Account of plague administration in the Bombay Presidency from September 1896 till May 1897
Year: 1896
Disease focus: Plague
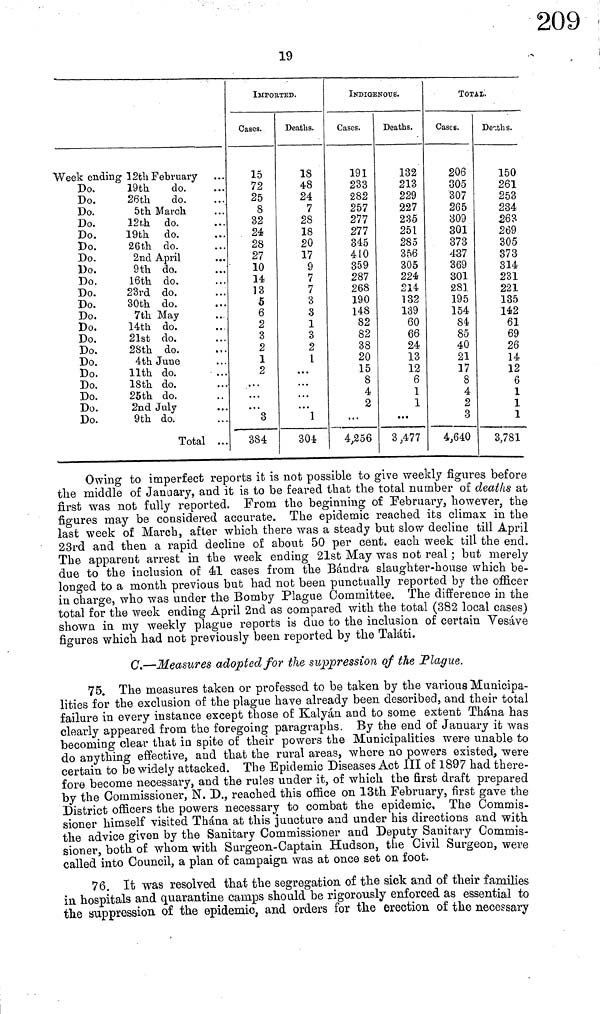
19
Week ending 12th February
Do.
19th
do.
Do.
26th
do.
Do.
5th. March
Do.
12t,h do.
Do.
19th
do.
Do.
26th do.
Do.
2nd April
Do.
9th do.
Do.
16th do.
Do.
23rd do.
Do.
30th do.
Do.
7th May
Do.
14th do.
Do.
21st do.
Do.
28th do.
Do.
4th June
Do.
11th
do.
Do.
18th do.
Do.
25th do.
Do.
2nd July
Do.
9th do.
Total ...
IMPORTED.
Cases.
15
72
25
8
32
24
28
27
10
l4
13
5
6
2
3
2
1
2
...
. · ·
. . .
3
384
Deaths.
18
48
24
7
28
18
20
17
9
7
7
3
3
1
3
2
1
...
...
. . ·
...
1
304
INDIGENOUS.
Cases.
191
233
282
257
277
277
345
410
359
287
268
190
148
82
82
38
20
15
8
4
2
...
4,256
Deaths.
132
213
229
227
235
251
285
356
305
224
214
132
139
60
66
24
13
12
6
1
1
...
3,477
ΤΟΤAΙ.
Cases.
206
305
307
265
309
301
373
437
369
301
281
195
154
84
85
40
21
17
8
4
2
3
4,640
Deaths.
150
261
253
234
263
269
305
373
314
231
221
135
142
61
69
26
14
12
6
1
1
1
3,781
Owing to imperfect reports it is not possible to give weekly figures before
the middle of January, and it is to be feared that the total number of deaths at
first was not fully reported. From the beginning of February, however, the
figures may be considered accurate. The epidemic reached its climax in the
last week of March, after which there was a steady but slow decline till April
23rd and then a rapid decline of about 50 per cent, each week till the end.
The apparent arrest in the week ending 21st May was not real ; but merely
due to the inclusion of él cases from the Bândra slaughter-house which be-
longed to a month previous but had not been punctually reported by the officer
in charge, who was under the Bomby Plague Committee, The difference in the
total for the week ending April 2nd as compared with the total (382 local cases)
shown in my weekly plague reports is due to the inclusion of certain Vesáve
figures which had not previously been reported by the Taláti.
C.—Measures adopted for the suppression of the Plague.
75. The measures taken or professed to be taken by the various Municipa-
lities for the exclusion of the plague have already been described, and their total
failure in every instance except those of Kalyán and to some extent Thána has
clearly appeared from the foregoing paragraphs. By the end of January it was
becoming clear that in spite of their powers the Municipalities were unable to
do anything effective, and that the rural areas, where no powers existed, were
certain to be widely attacked. The Epidemic Diseases Act III of 1897 had there-
fore become necessary, and the rules under it, of which the first draft prepared
by the Commissioner, N. D., reached this office on 13th February, first gave the
District officers the powers necessary to combat the epidemic. The Commis-
sioner himself visited Thána at this juncture and under his directions and with
the advice given by the Sanitary Commissioner and Deputy Sanitary Commis-
sioner, both of whom with Surgeon-Captain Hudson, the Civil Surgeon, were
called into Council, a plan of campaign was at once set on foot.
76. It was resolved that the segregation of the sick and of their families
in hospitals and quarantine camps should be rigorously enforced as essential to
the suppression of the epidemic, and orders for the erection of the necessary